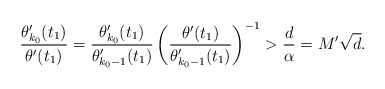
\begin{align*} \frac{\theta_{k_0}'(t_1)}{\theta'(t_1)} =\frac{\theta_{k_0}'(t_1)}{\theta_{k_0-1}'(t_1)} \left( \frac{\theta'(t_1)}{\theta_{k_0-1}'(t_1)}\right)^{-1}> \frac{d}{\alpha}=M'\sqrt{d}. \end{align*}